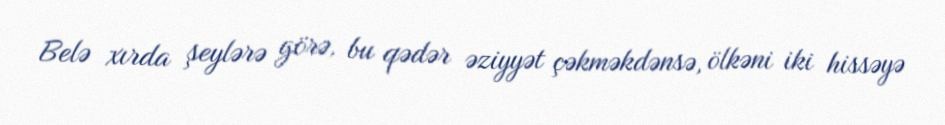
Belə xırda şeylərə görə, bu qədər əziyyət çəkməkdənsə, ölkəni iki hissəyə